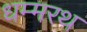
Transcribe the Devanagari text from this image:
धम्मरथ